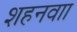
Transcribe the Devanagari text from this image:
शहनवाा